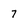
Character: 7